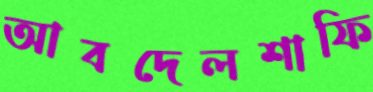
আবদেলশাফি